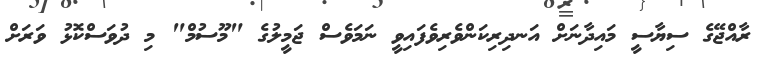
ރާއްޖޭގެ ސިޔާސީ މައިދާނަށް އަނދިރިކަންވެރިވެފައިވީ ނަމަވެސް ޖަމީލުގެ "މޫސުމް" މި ދުވަސްކޮޅު ވަރަށް